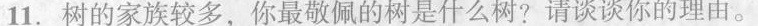
11.树的家族较多，你最敬佩的树是什么树?请谈谈你的理由。